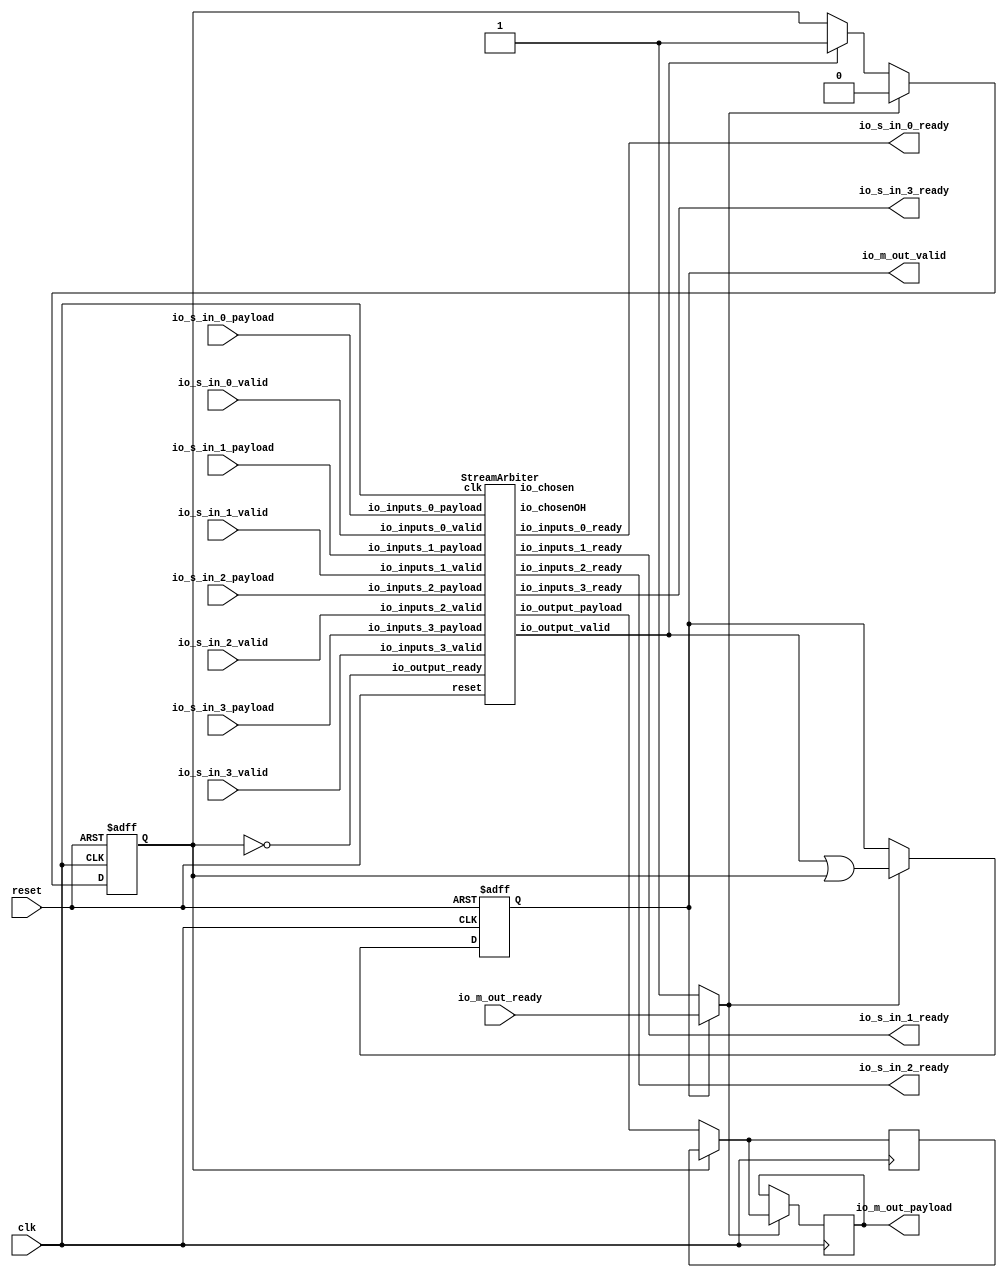
// Generator : SpinalHDL v1.7.0a    git head : 150a9b9067020722818dfb17df4a23ac712a7af8
// Component : streamArbiterRoundRobin
// Git hash  : 3a903e741cbbe310a98c75dc1ebbd289cb1c87a4

`timescale 1ns/1ps

module streamArbiterRoundRobin (
  input               io_s_in_0_valid,
  output              io_s_in_0_ready,
  input      [31:0]   io_s_in_0_payload,
  input               io_s_in_1_valid,
  output              io_s_in_1_ready,
  input      [31:0]   io_s_in_1_payload,
  input               io_s_in_2_valid,
  output              io_s_in_2_ready,
  input      [31:0]   io_s_in_2_payload,
  input               io_s_in_3_valid,
  output              io_s_in_3_ready,
  input      [31:0]   io_s_in_3_payload,
  output              io_m_out_valid,
  input               io_m_out_ready,
  output     [31:0]   io_m_out_payload,
  input               clk,
  input               reset
);

  wire                streamArbiter_1_io_output_ready;
  wire                streamArbiter_1_io_inputs_0_ready;
  wire                streamArbiter_1_io_inputs_1_ready;
  wire                streamArbiter_1_io_inputs_2_ready;
  wire                streamArbiter_1_io_inputs_3_ready;
  wire                streamArbiter_1_io_output_valid;
  wire       [31:0]   streamArbiter_1_io_output_payload;
  wire       [1:0]    streamArbiter_1_io_chosen;
  wire       [3:0]    streamArbiter_1_io_chosenOH;
  wire                streamArbiter_1_io_output_s2mPipe_valid;
  reg                 streamArbiter_1_io_output_s2mPipe_ready;
  wire       [31:0]   streamArbiter_1_io_output_s2mPipe_payload;
  reg                 streamArbiter_1_io_output_rValid;
  reg        [31:0]   streamArbiter_1_io_output_rData;
  wire                streamArbiter_1_io_output_s2mPipe_m2sPipe_valid;
  wire                streamArbiter_1_io_output_s2mPipe_m2sPipe_ready;
  wire       [31:0]   streamArbiter_1_io_output_s2mPipe_m2sPipe_payload;
  reg                 streamArbiter_1_io_output_s2mPipe_rValid;
  reg        [31:0]   streamArbiter_1_io_output_s2mPipe_rData;
  wire                when_Stream_l368;

  StreamArbiter streamArbiter_1 (
    .io_inputs_0_valid   (io_s_in_0_valid                        ), //i
    .io_inputs_0_ready   (streamArbiter_1_io_inputs_0_ready      ), //o
    .io_inputs_0_payload (io_s_in_0_payload[31:0]                ), //i
    .io_inputs_1_valid   (io_s_in_1_valid                        ), //i
    .io_inputs_1_ready   (streamArbiter_1_io_inputs_1_ready      ), //o
    .io_inputs_1_payload (io_s_in_1_payload[31:0]                ), //i
    .io_inputs_2_valid   (io_s_in_2_valid                        ), //i
    .io_inputs_2_ready   (streamArbiter_1_io_inputs_2_ready      ), //o
    .io_inputs_2_payload (io_s_in_2_payload[31:0]                ), //i
    .io_inputs_3_valid   (io_s_in_3_valid                        ), //i
    .io_inputs_3_ready   (streamArbiter_1_io_inputs_3_ready      ), //o
    .io_inputs_3_payload (io_s_in_3_payload[31:0]                ), //i
    .io_output_valid     (streamArbiter_1_io_output_valid        ), //o
    .io_output_ready     (streamArbiter_1_io_output_ready        ), //i
    .io_output_payload   (streamArbiter_1_io_output_payload[31:0]), //o
    .io_chosen           (streamArbiter_1_io_chosen[1:0]         ), //o
    .io_chosenOH         (streamArbiter_1_io_chosenOH[3:0]       ), //o
    .clk                 (clk                                    ), //i
    .reset               (reset                                  )  //i
  );
  assign io_s_in_0_ready = streamArbiter_1_io_inputs_0_ready;
  assign io_s_in_1_ready = streamArbiter_1_io_inputs_1_ready;
  assign io_s_in_2_ready = streamArbiter_1_io_inputs_2_ready;
  assign io_s_in_3_ready = streamArbiter_1_io_inputs_3_ready;
  assign streamArbiter_1_io_output_ready = (! streamArbiter_1_io_output_rValid);
  assign streamArbiter_1_io_output_s2mPipe_valid = (streamArbiter_1_io_output_valid || streamArbiter_1_io_output_rValid);
  assign streamArbiter_1_io_output_s2mPipe_payload = (streamArbiter_1_io_output_rValid ? streamArbiter_1_io_output_rData : streamArbiter_1_io_output_payload);
  always @(*) begin
    streamArbiter_1_io_output_s2mPipe_ready = streamArbiter_1_io_output_s2mPipe_m2sPipe_ready;
    if(when_Stream_l368) begin
      streamArbiter_1_io_output_s2mPipe_ready = 1'b1;
    end
  end

  assign when_Stream_l368 = (! streamArbiter_1_io_output_s2mPipe_m2sPipe_valid);
  assign streamArbiter_1_io_output_s2mPipe_m2sPipe_valid = streamArbiter_1_io_output_s2mPipe_rValid;
  assign streamArbiter_1_io_output_s2mPipe_m2sPipe_payload = streamArbiter_1_io_output_s2mPipe_rData;
  assign io_m_out_valid = streamArbiter_1_io_output_s2mPipe_m2sPipe_valid;
  assign streamArbiter_1_io_output_s2mPipe_m2sPipe_ready = io_m_out_ready;
  assign io_m_out_payload = streamArbiter_1_io_output_s2mPipe_m2sPipe_payload;
  always @(posedge clk or posedge reset) begin
    if(reset) begin
      streamArbiter_1_io_output_rValid <= 1'b0;
      streamArbiter_1_io_output_s2mPipe_rValid <= 1'b0;
    end else begin
      if(streamArbiter_1_io_output_valid) begin
        streamArbiter_1_io_output_rValid <= 1'b1;
      end
      if(streamArbiter_1_io_output_s2mPipe_ready) begin
        streamArbiter_1_io_output_rValid <= 1'b0;
      end
      if(streamArbiter_1_io_output_s2mPipe_ready) begin
        streamArbiter_1_io_output_s2mPipe_rValid <= streamArbiter_1_io_output_s2mPipe_valid;
      end
    end
  end

  always @(posedge clk) begin
    if(streamArbiter_1_io_output_ready) begin
      streamArbiter_1_io_output_rData <= streamArbiter_1_io_output_payload;
    end
    if(streamArbiter_1_io_output_s2mPipe_ready) begin
      streamArbiter_1_io_output_s2mPipe_rData <= streamArbiter_1_io_output_s2mPipe_payload;
    end
  end


endmodule

module StreamArbiter (
  input               io_inputs_0_valid,
  output              io_inputs_0_ready,
  input      [31:0]   io_inputs_0_payload,
  input               io_inputs_1_valid,
  output              io_inputs_1_ready,
  input      [31:0]   io_inputs_1_payload,
  input               io_inputs_2_valid,
  output              io_inputs_2_ready,
  input      [31:0]   io_inputs_2_payload,
  input               io_inputs_3_valid,
  output              io_inputs_3_ready,
  input      [31:0]   io_inputs_3_payload,
  output              io_output_valid,
  input               io_output_ready,
  output     [31:0]   io_output_payload,
  output     [1:0]    io_chosen,
  output     [3:0]    io_chosenOH,
  input               clk,
  input               reset
);

  wire       [7:0]    _zz__zz_maskProposal_0_2;
  wire       [7:0]    _zz__zz_maskProposal_0_2_1;
  wire       [3:0]    _zz__zz_maskProposal_0_2_2;
  reg        [31:0]   _zz_io_output_payload_2;
  wire       [1:0]    _zz_io_output_payload_3;
  reg                 locked;
  wire                maskProposal_0;
  wire                maskProposal_1;
  wire                maskProposal_2;
  wire                maskProposal_3;
  reg                 maskLocked_0;
  reg                 maskLocked_1;
  reg                 maskLocked_2;
  reg                 maskLocked_3;
  wire                maskRouted_0;
  wire                maskRouted_1;
  wire                maskRouted_2;
  wire                maskRouted_3;
  wire       [3:0]    _zz_maskProposal_0;
  wire       [7:0]    _zz_maskProposal_0_1;
  wire       [7:0]    _zz_maskProposal_0_2;
  wire       [3:0]    _zz_maskProposal_0_3;
  wire                io_output_fire;
  wire                _zz_io_output_payload;
  wire                _zz_io_output_payload_1;
  wire                _zz_io_chosen;
  wire                _zz_io_chosen_1;
  wire                _zz_io_chosen_2;

  assign _zz__zz_maskProposal_0_2 = (_zz_maskProposal_0_1 - _zz__zz_maskProposal_0_2_1);
  assign _zz__zz_maskProposal_0_2_2 = {maskLocked_2,{maskLocked_1,{maskLocked_0,maskLocked_3}}};
  assign _zz__zz_maskProposal_0_2_1 = {4'd0, _zz__zz_maskProposal_0_2_2};
  assign _zz_io_output_payload_3 = {_zz_io_output_payload_1,_zz_io_output_payload};
  always @(*) begin
    case(_zz_io_output_payload_3)
      2'b00 : _zz_io_output_payload_2 = io_inputs_0_payload;
      2'b01 : _zz_io_output_payload_2 = io_inputs_1_payload;
      2'b10 : _zz_io_output_payload_2 = io_inputs_2_payload;
      default : _zz_io_output_payload_2 = io_inputs_3_payload;
    endcase
  end

  assign maskRouted_0 = (locked ? maskLocked_0 : maskProposal_0);
  assign maskRouted_1 = (locked ? maskLocked_1 : maskProposal_1);
  assign maskRouted_2 = (locked ? maskLocked_2 : maskProposal_2);
  assign maskRouted_3 = (locked ? maskLocked_3 : maskProposal_3);
  assign _zz_maskProposal_0 = {io_inputs_3_valid,{io_inputs_2_valid,{io_inputs_1_valid,io_inputs_0_valid}}};
  assign _zz_maskProposal_0_1 = {_zz_maskProposal_0,_zz_maskProposal_0};
  assign _zz_maskProposal_0_2 = (_zz_maskProposal_0_1 & (~ _zz__zz_maskProposal_0_2));
  assign _zz_maskProposal_0_3 = (_zz_maskProposal_0_2[7 : 4] | _zz_maskProposal_0_2[3 : 0]);
  assign maskProposal_0 = _zz_maskProposal_0_3[0];
  assign maskProposal_1 = _zz_maskProposal_0_3[1];
  assign maskProposal_2 = _zz_maskProposal_0_3[2];
  assign maskProposal_3 = _zz_maskProposal_0_3[3];
  assign io_output_fire = (io_output_valid && io_output_ready);
  assign io_output_valid = ((((io_inputs_0_valid && maskRouted_0) || (io_inputs_1_valid && maskRouted_1)) || (io_inputs_2_valid && maskRouted_2)) || (io_inputs_3_valid && maskRouted_3));
  assign _zz_io_output_payload = (maskRouted_1 || maskRouted_3);
  assign _zz_io_output_payload_1 = (maskRouted_2 || maskRouted_3);
  assign io_output_payload = _zz_io_output_payload_2;
  assign io_inputs_0_ready = (maskRouted_0 && io_output_ready);
  assign io_inputs_1_ready = (maskRouted_1 && io_output_ready);
  assign io_inputs_2_ready = (maskRouted_2 && io_output_ready);
  assign io_inputs_3_ready = (maskRouted_3 && io_output_ready);
  assign io_chosenOH = {maskRouted_3,{maskRouted_2,{maskRouted_1,maskRouted_0}}};
  assign _zz_io_chosen = io_chosenOH[3];
  assign _zz_io_chosen_1 = (io_chosenOH[1] || _zz_io_chosen);
  assign _zz_io_chosen_2 = (io_chosenOH[2] || _zz_io_chosen);
  assign io_chosen = {_zz_io_chosen_2,_zz_io_chosen_1};
  always @(posedge clk or posedge reset) begin
    if(reset) begin
      locked <= 1'b0;
      maskLocked_0 <= 1'b0;
      maskLocked_1 <= 1'b0;
      maskLocked_2 <= 1'b0;
      maskLocked_3 <= 1'b1;
    end else begin
      if(io_output_valid) begin
        maskLocked_0 <= maskRouted_0;
        maskLocked_1 <= maskRouted_1;
        maskLocked_2 <= maskRouted_2;
        maskLocked_3 <= maskRouted_3;
      end
      if(io_output_valid) begin
        locked <= 1'b1;
      end
      if(io_output_fire) begin
        locked <= 1'b0;
      end
    end
  end


endmodule